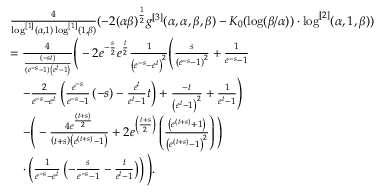
\begin{array} { r l } & { \frac { 4 } { \log ^ { [ 1 ] } ( \alpha , 1 ) \log ^ { [ 1 ] } ( 1 , \beta ) } ( - 2 ( \alpha \beta ) ^ { \frac 1 2 } g ^ { [ 3 ] } ( \alpha , \alpha , \beta , \beta ) - K _ { 0 } ( \log ( \beta / \alpha ) ) \cdot \log ^ { [ 2 ] } ( \alpha , 1 , \beta ) ) } \\ & { = \frac { 4 } { \frac { \left( - s t \right) } { \left( e ^ { - s } - 1 \right) \left( e ^ { t } - 1 \right) } } \Bigg ( - 2 e ^ { - \frac { s } { 2 } } e ^ { \frac { t } { 2 } } \frac { 1 } { \left( e ^ { - s } - e ^ { t } \right) ^ { 2 } } \Bigg ( \frac { s } { \left( e ^ { - s } - 1 \right) ^ { 2 } } + \frac { 1 } { e ^ { - s } - 1 } } \\ & { \quad - \frac { 2 } { e ^ { - s } - e ^ { t } } \left( \frac { e ^ { - s } } { e ^ { - s } - 1 } \left( - s \right) - \frac { e ^ { t } } { e ^ { t } - 1 } t \right) + \frac { - t } { \left( e ^ { t } - 1 \right) ^ { 2 } } + \frac { 1 } { e ^ { t } - 1 } \Bigg ) } \\ & { \quad - \Bigg ( - \frac { 4 e ^ { \frac { \left( t + s \right) } { 2 } } } { \left( t + s \right) \left( e ^ { \left( t + s \right) } - 1 \right) } + 2 e ^ { \left( \frac { t + s } { 2 } \right) } \left( \frac { \left( e ^ { \left( t + s \right) } + 1 \right) } { \left( e ^ { \left( t + s \right) } - 1 \right) ^ { 2 } } \right) \Bigg ) } \\ & { \quad \cdot \left( \frac { 1 } { e ^ { - s } - e ^ { t } } \left( - \frac { s } { e ^ { - s } - 1 } - \frac { t } { e ^ { t } - 1 } \right) \right) \Bigg ) . } \end{array}